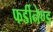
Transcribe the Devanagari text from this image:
फर्डीनेण्ड